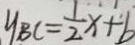
y B C = \frac { 1 } { 2 } x + b